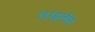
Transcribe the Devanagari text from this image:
लाइलेंस